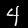
Label: 4